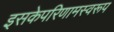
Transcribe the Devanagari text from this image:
इसकेपरिणामस्वरूप